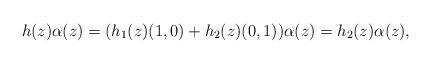
LaTeX: \begin{align*}h(z)\alpha(z) = (h_1(z) (1,0) + h_2(z)(0,1))\alpha (z) = h_2(z)\alpha(z),\end{align*}